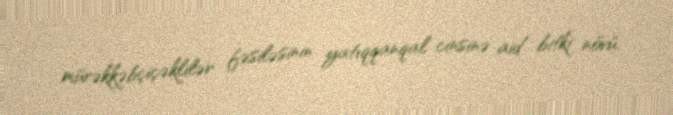
mürəkkəbçiçəklilər fəsiləsinin yatıqqanqal cinsinə aid bitki növü.